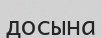
досына